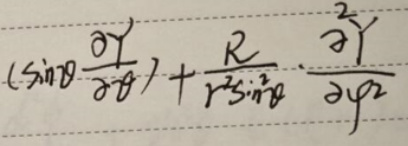
\[
\left(\sin\theta\frac{\partial Y}{\partial\theta}\right)+\frac{R}{r^{2}\sin^{2}\theta}\cdot\frac{\partial^{2}Y}{\partial\varphi^{2}}
\]